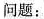
问题：